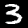
Label: 3